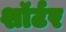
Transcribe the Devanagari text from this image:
शॉर्टर